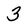
Character: 3